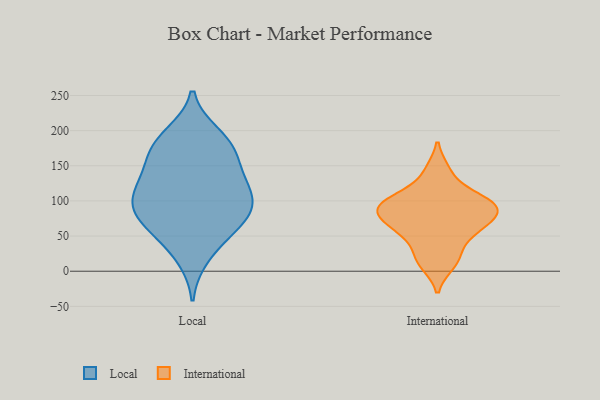
{"axis": {"x": "Net Income (USD K)", "y": "Value"}, "legend": ["International", "Local"], "data": [{"x": "", "y": 107, "type": "Local"}, {"x": "", "y": 91, "type": "Local"}, {"x": "", "y": 194, "type": "Local"}, {"x": "", "y": 157, "type": "Local"}, {"x": "", "y": 45, "type": "Local"}, {"x": "", "y": 20, "type": "Local"}, {"x": "", "y": 183, "type": "Local"}, {"x": "", "y": 87, "type": "Local"}, {"x": "", "y": 112, "type": "Local"}, {"x": "", "y": 166, "type": "Local"}, {"x": "", "y": 73, "type": "Local"}, {"x": "", "y": 65, "type": "Local"}, {"x": "", "y": 141, "type": "Local"}, {"x": "", "y": 125, "type": "Local"}, {"x": "", "y": 112, "type": "Local"}, {"x": "", "y": 184, "type": "Local"}, {"x": "", "y": 76, "type": "Local"}, {"x": "", "y": 99, "type": "International"}, {"x": "", "y": 79, "type": "International"}, {"x": "", "y": 10, "type": "International"}, {"x": "", "y": 89, "type": "International"}, {"x": "", "y": 88, "type": "International"}, {"x": "", "y": 96, "type": "International"}, {"x": "", "y": 22, "type": "International"}, {"x": "", "y": 110, "type": "International"}, {"x": "", "y": 67, "type": "International"}, {"x": "", "y": 61, "type": "International"}, {"x": "", "y": 50, "type": "International"}, {"x": "", "y": 143, "type": "International"}]}